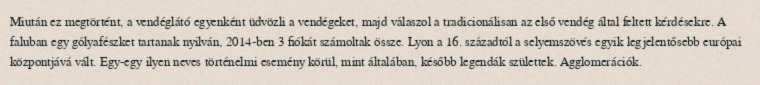
Miután ez megtörtént, a vendéglátó egyenként üdvözli a vendégeket, majd válaszol a tradicionálisan az első vendég által feltett kérdésekre. A faluban egy gólyafészket tartanak nyilván, 2014-ben 3 fiókát számoltak össze. Lyon a 16. századtól a selyemszövés egyik legjelentősebb európai központjává vált. Egy-egy ilyen neves történelmi esemény körül, mint általában, később legendák születtek. Agglomerációk.